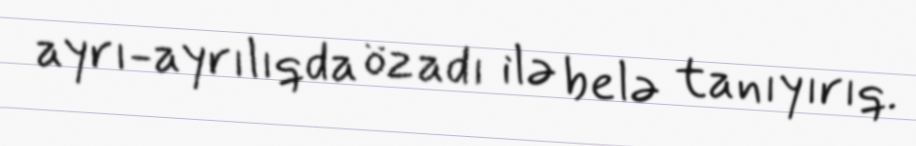
ayrı-ayrılıqda öz adı ilə belə tanıyırıq.